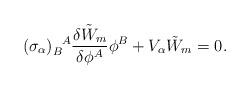
LaTeX: \begin{align*}(\sigma_\alpha)_B^{~~\!A} \frac{\delta\tilde{W}_m}{\delta \phi^A} \phi^B +V_\alpha \tilde{W}_m=0.\end{align*}